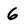
Character: 6